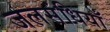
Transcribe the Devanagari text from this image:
जलसंधियाँ